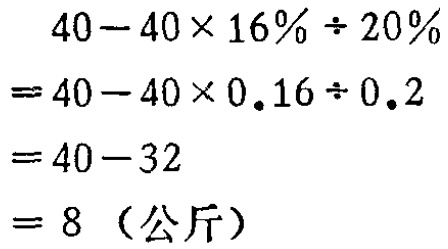
\[

\begin{align*}

&40 - 40\times16\% \div 20\%\\

=&40 - 40\times0.16\div0.2\\

=&40 - 32\\

=&8 \text{（公斤）}

\end{align*}

\]